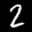
Label: 2